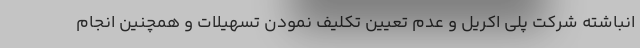
انباشته شرکت پلی اکریل و عدم تعیین تکلیف نمودن تسهیلات و همچنین انجام